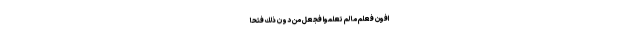
افُونَ فَعَلِمَ مَا لَمْ تَعْلَمُوا فَجَعَلَ مِنْ دُونِ ذَلِكَ فَتْحًا